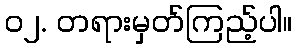
၀၂. တရားမှတ်ကြည့်ပါ။